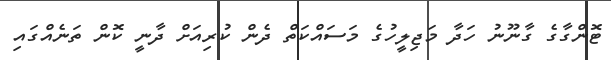
ޓޮންގާގެ ގާނޫނު ހަދާ މަޖިލީހުގެ މަސައްކަތް ދެން ކުރިއަށް ދާނީ ކޮން ތަނެއްގައި